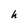
Character: h